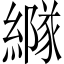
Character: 𦅭